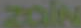
zale